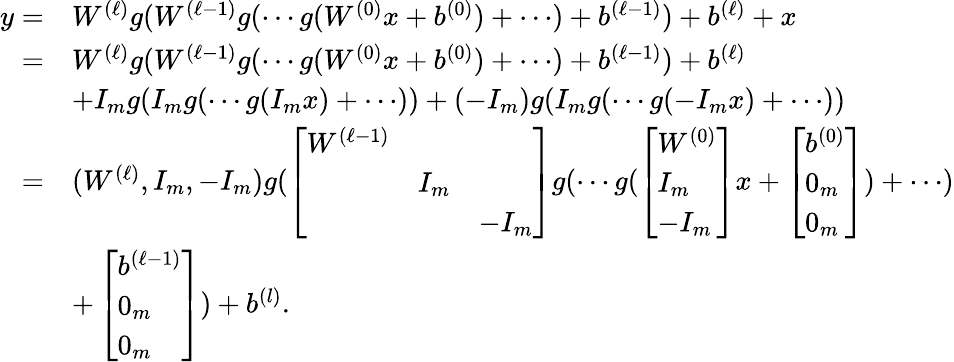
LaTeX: \begin{array}{rl}{y=}&{W^{(\ell)}g(W^{(\ell-1)}g(\cdots g(W^{(0)}x+b^{(0)})+\cdots)+b^{(\ell-1)})+b^{(\ell)}+x}\\ {=}&{W^{(\ell)}g(W^{(\ell-1)}g(\cdots g(W^{(0)}x+b^{(0)})+\cdots)+b^{(\ell-1)})+b^{(\ell)}}\\ &{+I_{m}g(I_{m}g(\cdots g(I_{m}x)+\cdots))+(-I_{m})g(I_{m}g(\cdots g(-I_{m}x)+\cdots))}\\ {=}&{(W^{(\ell)},I_{m},-I_{m})g(\left[\begin{array}{lll}{W^{(\ell-1)}}&&\\ &{I_{m}}&\\ &&{-I_{m}}\end{array}\right]g(\cdots g(\left[\begin{array}{l}{W^{(0)}}\\ {I_{m}}\\ {-I_{m}}\end{array}\right]x+\left[\begin{array}{l}{b^{(0)}}\\ {0_{m}}\\ {0_{m}}\end{array}\right])+\cdots)}\\ &{+\left[\begin{array}{l}{b^{(\ell-1)}}\\ {0_{m}}\\ {0_{m}}\end{array}\right])+b^{(l)}.}\end{array}